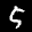
Label: 5